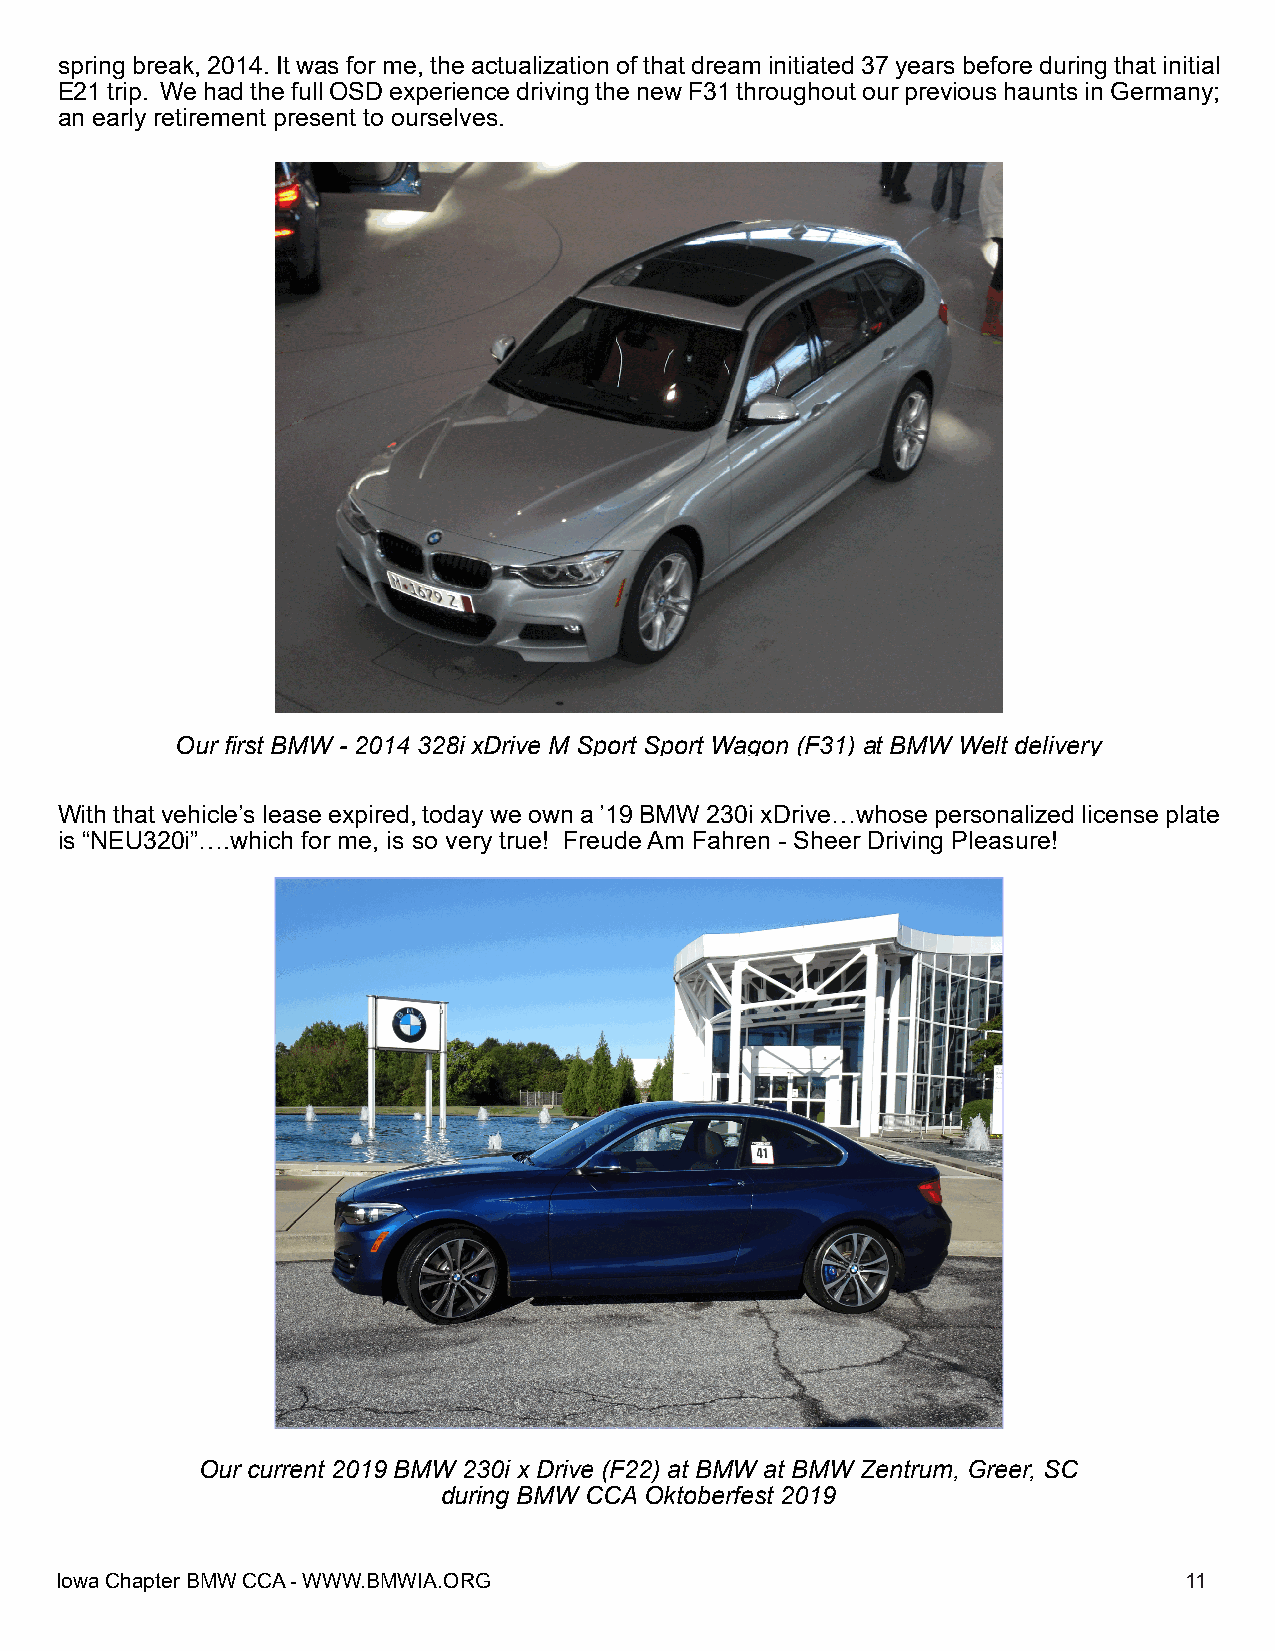
springbreak,2014.Itwasforme,theactualizationofthatdreaminitiated37yearsbeforeduringthatinitial
 E21trip. WehadthefullOSDexperiencedrivingthenewF31throughoutourprevioushauntsinGermany;
 an early retirement present to ourselves.
 Our first BMW - 2014 328i xDrive M Sport Sport Wagon (F31) at BMW Welt delivery
 Withthatvehicle’sleaseexpired,todayweowna’19BMW230ixDrive…whosepersonalizedlicenseplate
 is “NEU320i”….which for me, is so very true! FreudeAm Fahren - Sheer Driving Pleasure!
 Our current 2019 BMW 230i x Drive (F22) at BMW at BMW Zentrum, Greer, SC
 during BMW CCAOktoberfest 2019
 IowaChapterBMWCCA-WWW.BMWIA.ORG                                           11